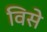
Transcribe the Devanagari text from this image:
विसे